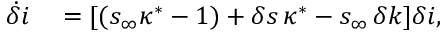
\begin{array} { r l } { \dot { \delta } i } & { { } = [ ( s _ { \infty } \kappa ^ { * } - 1 ) + \delta s \, \kappa ^ { * } - s _ { \infty } \, \delta k ] \delta i , } \end{array}